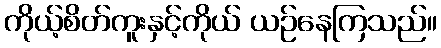
ကိုယ့်စိတ်ကူးနှင့်ကိုယ် ယဉ်နေကြသည်။